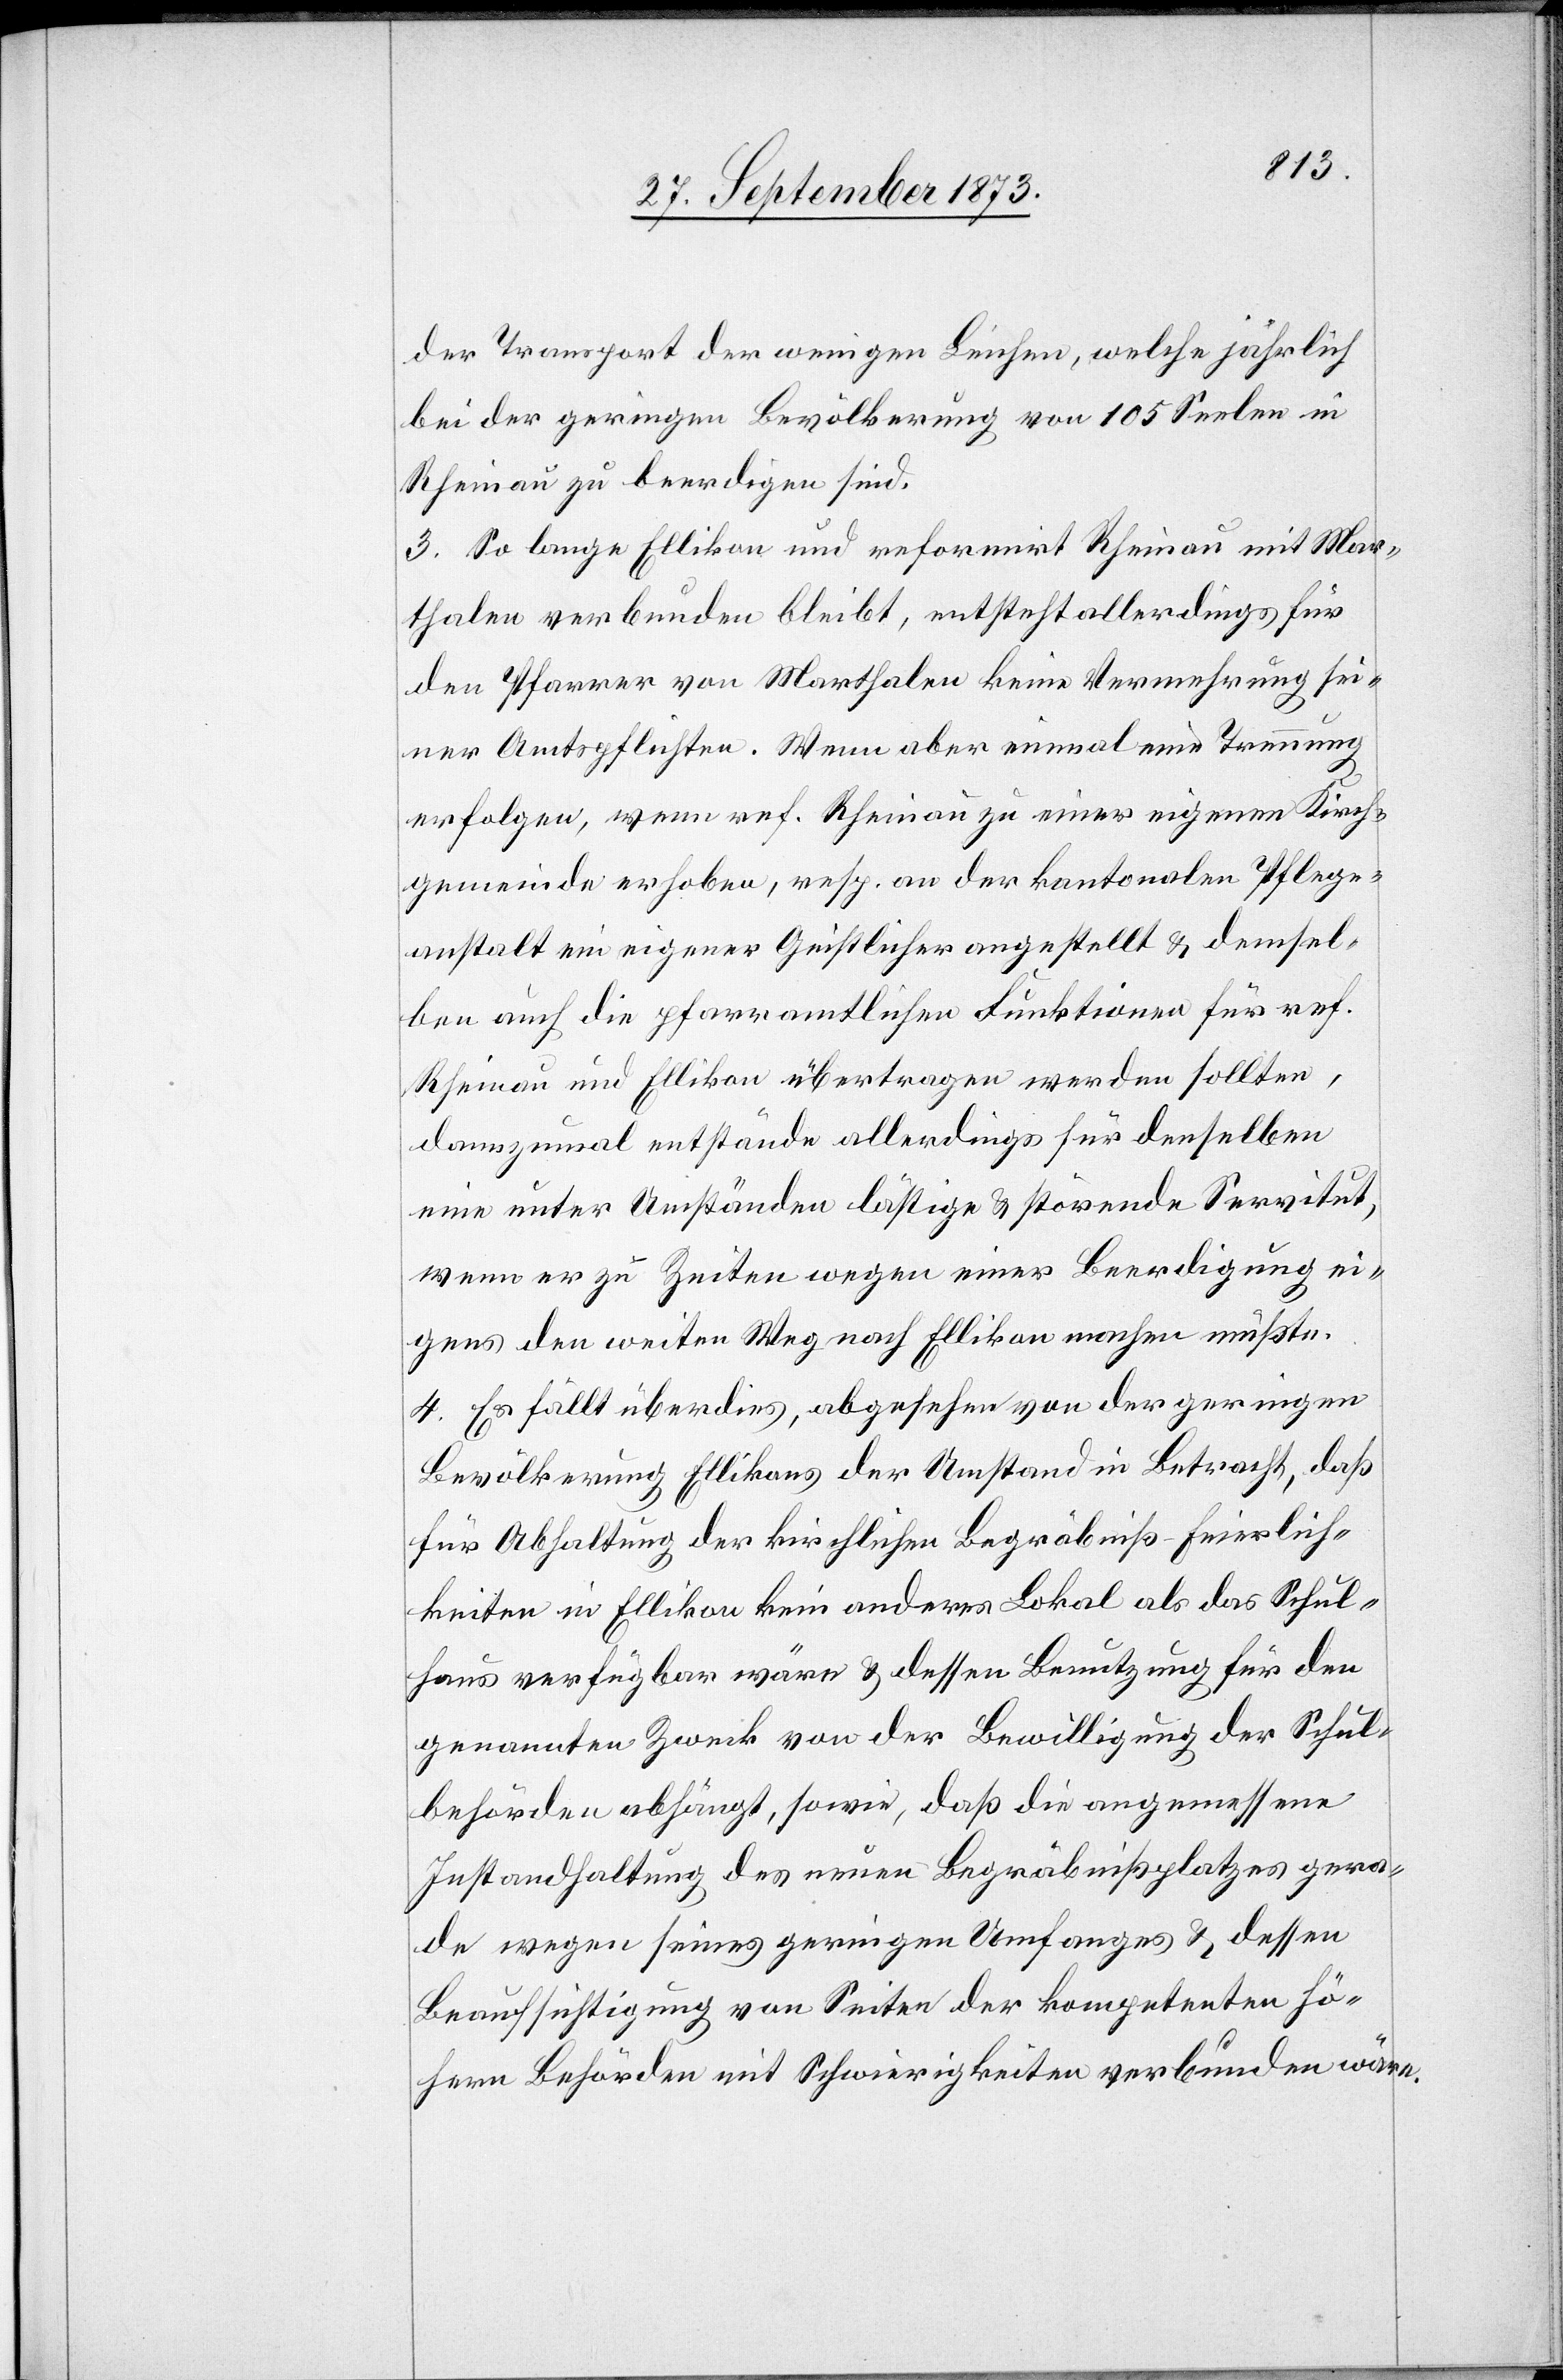
der Transport der wenigen Leichen, welche jährlich
bei der geringen Bevölkerung von 105 Seelen in
Rheinau zu beerdigen sind.
3. So lange Ellikon und reformirt Rheinau mit Mar¬
thalen verbunden bleibt, entsteht allerdings für
den Pfarrer von Marthalen keine Vermehrung sei¬
ner Amtspflichten. Wenn aber einmal eine Trennung
erfolgen, wenn ref. Rheinau zu einer eigenen Kirch¬
gemeinde erhoben, resp. an der kantonalen Pflege¬
anstalt ein eigener Geistlicher angestellt & demsel¬
ben auch die pfarramtlichen Funktionen für ref.
Rheinau und Ellikon übertragen werden sollten,
dannzumal entstände allerdings für denselben
eine unter Umständen lästige & störende Servitut,
wenn er zu Zeiten wegen einer Beerdigung ei¬
gens den weiten Weg nach Ellikon machen müßte.
4. Es fällt überdies, abgesehen von der geringen
Bevölkerung Ellikons der Umstand in Betracht, daß
für Abhaltung der kirchlichen Begräbniß-Feierlich¬
keiten in Ellikon kein anderes Lokal als das Schul¬
haus verfügbar wäre & dessen Benutzung für den
genannten Zweck von der Bewilligung der Schul¬
behörden abhängt, sowie, daß die angemessene
Instandhaltung des neuen Begräbnißplatzes gera¬
de wegen seines geringen Umfanges & dessen
Beaufsichtigung von Seiten der kompetenten hö¬
hern Behörden mit Schwierigkeiten verbunden wäre.